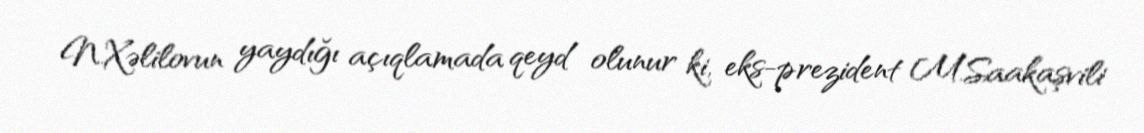
N.Xəlilovun yaydığı açıqlamada qeyd olunur ki, eks-prezident M.Saakaşvili